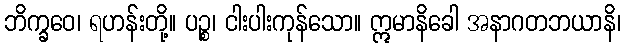
ဘိက္ခဝေ၊ ရဟန်းတို့။ ပဉ္စ၊ ငါးပါးကုန်သော။ ဣမာနိခေါ အနာဂတဘယာနိ၊